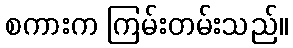
စကားက ကြမ်းတမ်းသည်။